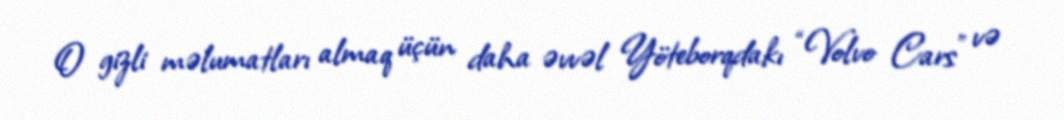
O gizli məlumatları almaq üçün daha əvvəl Yöteborqdakı “Volvo Cars” və